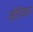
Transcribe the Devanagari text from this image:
ओलियन